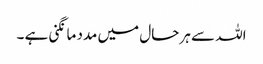
اللہ سے ہر حال میں مدد مانگنی ہے ۔